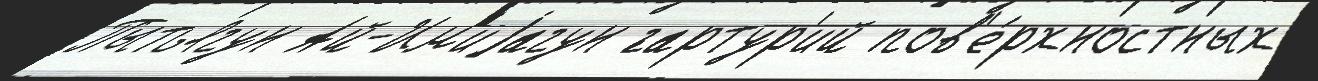
Пытьягун Ай-Им'иjагун ́гартур'ий пов'е́рхностных